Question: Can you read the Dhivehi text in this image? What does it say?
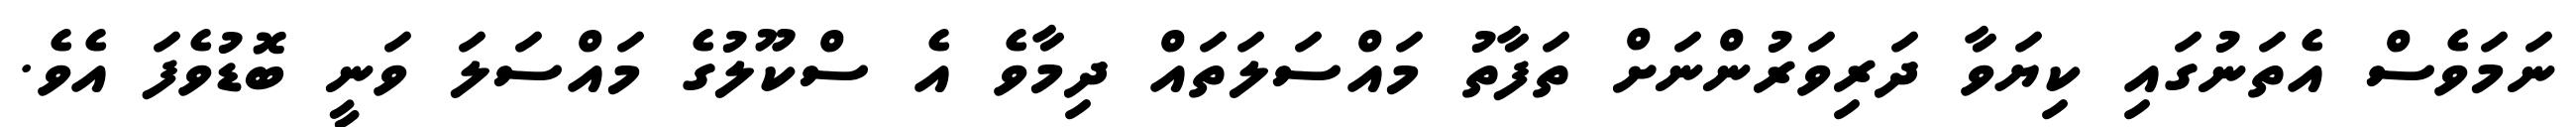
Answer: ނަމަވެސް އެތަނުގައި ކިޔަވާ ދަރިވަރުންނަށް ތަފާތު މައްސަލަތައް ދިމާވެ އެ ސްކޫލުގެ މައްސަލަ ވަނީ ބޮޑުވެފަ އެވެ.